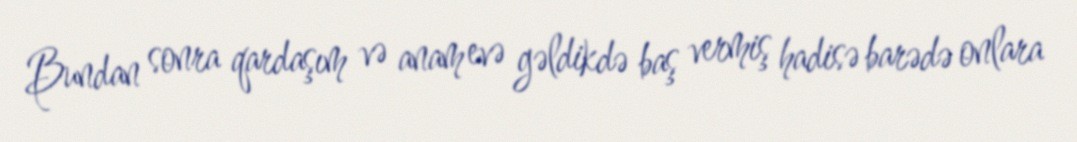
Bundan sonra qardaşım və anam evə gəldikdə baş vermiş hadisə barədə onlara